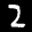
Label: 2